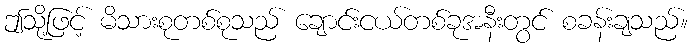
ဤသို့ဖြင့် မိသားစုတစ်စုသည် ချောင်းငယ်တစ်ခုအနီးတွင် စခန်းချသည်။